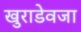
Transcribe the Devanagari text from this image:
खुराडेवजा